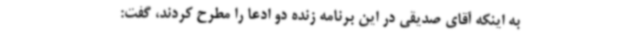
به اینکه آقای صدیقی در این برنامه زنده دو ادعا را مطرح کردند، گفت: